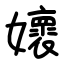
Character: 㜳